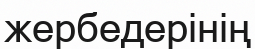
жербедерінің